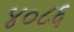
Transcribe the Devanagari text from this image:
४०८६